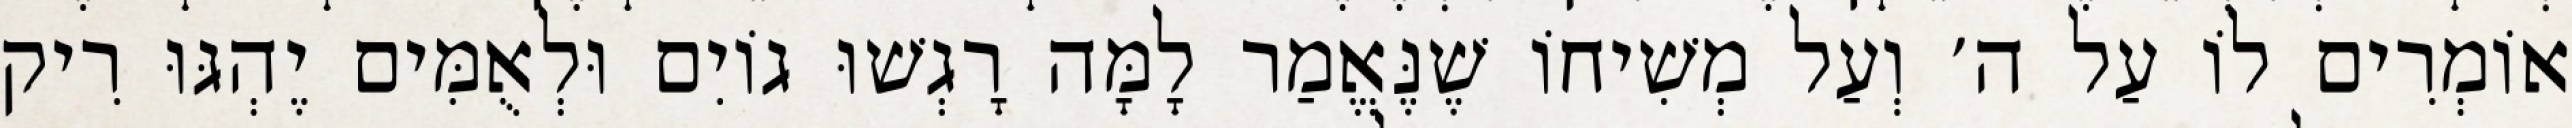
אוֹמְרִים לוֹ עַל ה׳ וְעַל מְשִׁיחוֹ שֶׁנֶּאֱמַר לָמָּה רָגְשׁוּ גוֹיִם וּלְאֻמִּים יֶהְגּוּ רִיק